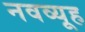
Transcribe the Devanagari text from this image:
नवव्यूह